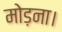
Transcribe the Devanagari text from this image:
मोड़ना।